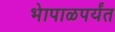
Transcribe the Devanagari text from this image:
भेापाळपर्यंत